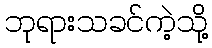
ဘုရားသခင်ကဲ့သို့